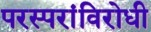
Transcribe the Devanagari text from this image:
परस्परांविरोधी